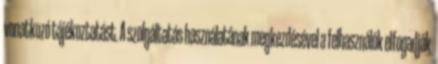
vonatkozó tájékoztatást. A szolgáltatás használatának megkezdésével a felhasználók elfogadják